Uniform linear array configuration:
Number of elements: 16
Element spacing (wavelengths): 0.25
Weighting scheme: binomial
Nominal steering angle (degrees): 30
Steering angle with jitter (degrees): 30.082
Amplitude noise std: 0.05
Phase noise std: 0.05

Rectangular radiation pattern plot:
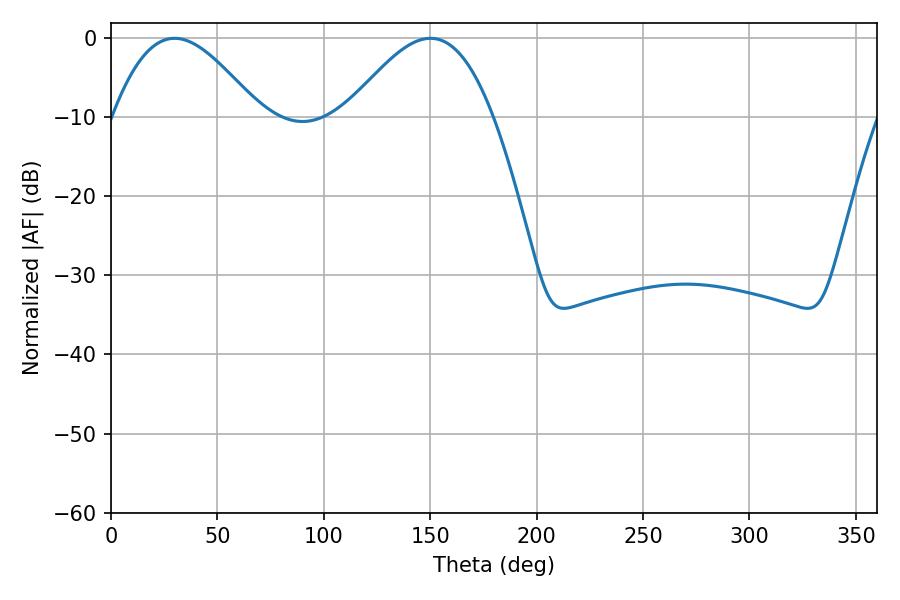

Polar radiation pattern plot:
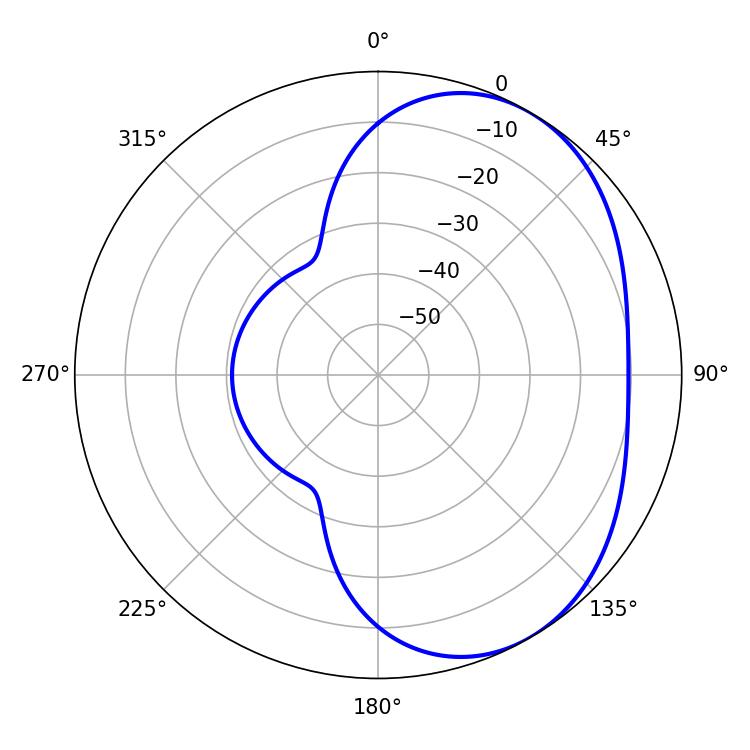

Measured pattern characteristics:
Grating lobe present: FALSE
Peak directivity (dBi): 4.005
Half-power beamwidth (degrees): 37.08
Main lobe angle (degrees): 29.88